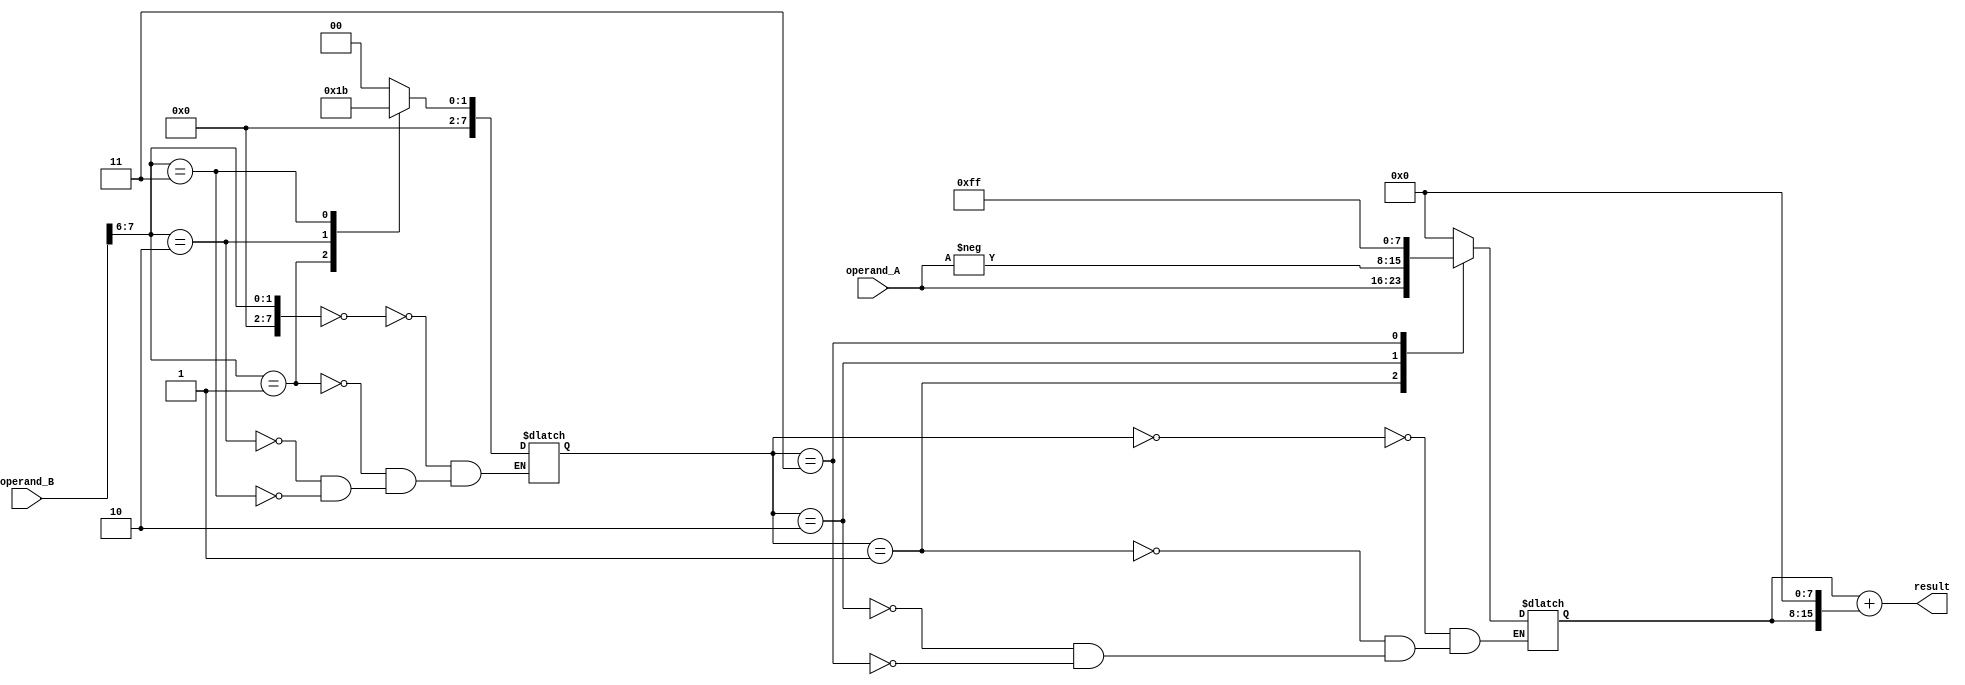
module booth_multiplier (
  input [7:0] operand_A,
  input [7:0] operand_B,
  output reg [15:0] result
);

reg [7:0] product, booth_encode, booth_state;

always @ (*) begin
  booth_encode = operand_B[7:6];
  
  case(booth_state)
    2'b00:
      product = 8'b00000000;
    2'b01:
      product = operand_A;
    2'b10:
      product = -operand_A;
    2'b11:
      product = 8'b11111111;
  endcase
end

always @ (*) begin
  case(booth_encode)
    2'b00:
      booth_state = 2'b00;
    2'b01:
      booth_state = 2'b01;
    2'b10:
      booth_state = 2'b10;
    2'b11:
      booth_state = 2'b11;
  endcase
end

always @ (*) begin
  result = product + {product, 8'b0};
end

endmodule